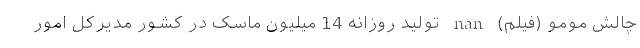
چالش مومو (فیلم) nan تولید روزانه 14 میلیون ماسک در کشور مدیرکل امور